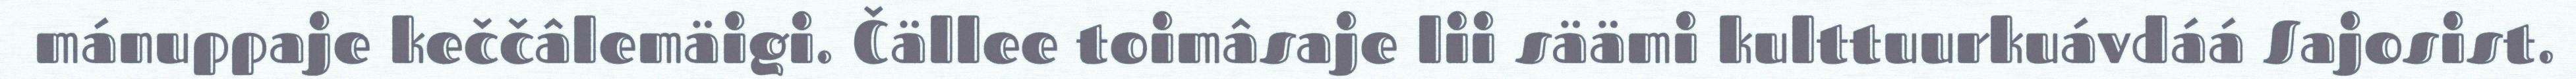
mánuppaje keččâlemäigi. Čällee toimâsaje lii säämi kulttuurkuávdáá Sajosist.